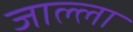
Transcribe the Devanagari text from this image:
जाल्ला